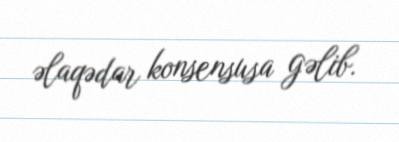
əlaqədar konsensusa gəlib.